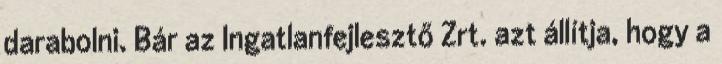
darabolni. Bár az Ingatlanfejlesztő Zrt. azt állítja, hogy a